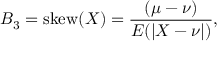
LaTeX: B _ { 3 } = \mathrm { s k e w } ( X ) = { \frac { ( \mu - \nu ) } { E ( | X - \nu | ) } } ,